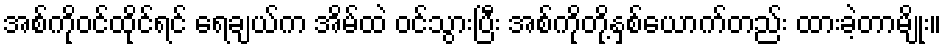
အစ်ကိုဝင်ထိုင်ရင် ရေချယ်က အိမ်ထဲ ဝင်သွားပြီး အစ်ကိုတို့နှစ်ယောက်တည်း ထားခဲ့တာမျိုး။